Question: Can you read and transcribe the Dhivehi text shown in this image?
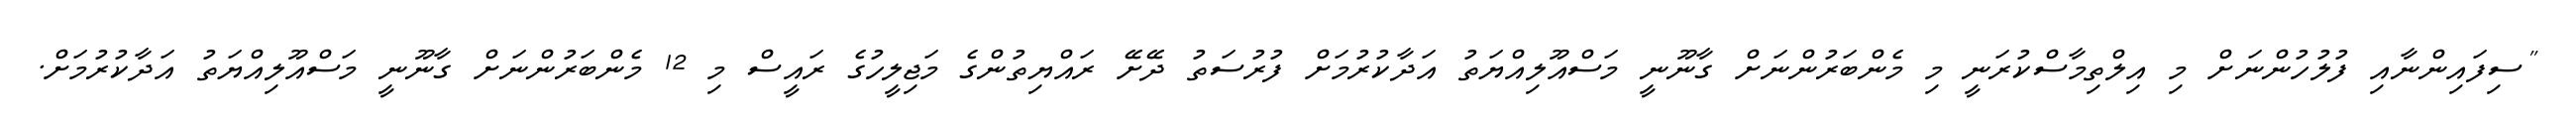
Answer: "ސިފައިންނާއި ފުލުހުންނަށް މި އިލްތިމާސްކުރަނީ މި މެންބަރުންނަށް ގާނޫނީ މަސްއޫލިއްޔަތު އަދާކުރުމަށް ފުރުސަތު ދޭށޭ ރައްޔިތުންގެ މަޖިލީހުގެ ރައީސް މި 12 މެންބަރުންނަށް ގާނޫނީ މަސްއޫލިއްޔަތު އަދާކުރުމަށް.